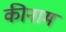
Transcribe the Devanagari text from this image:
कीनाम